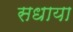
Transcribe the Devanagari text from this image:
सधाया